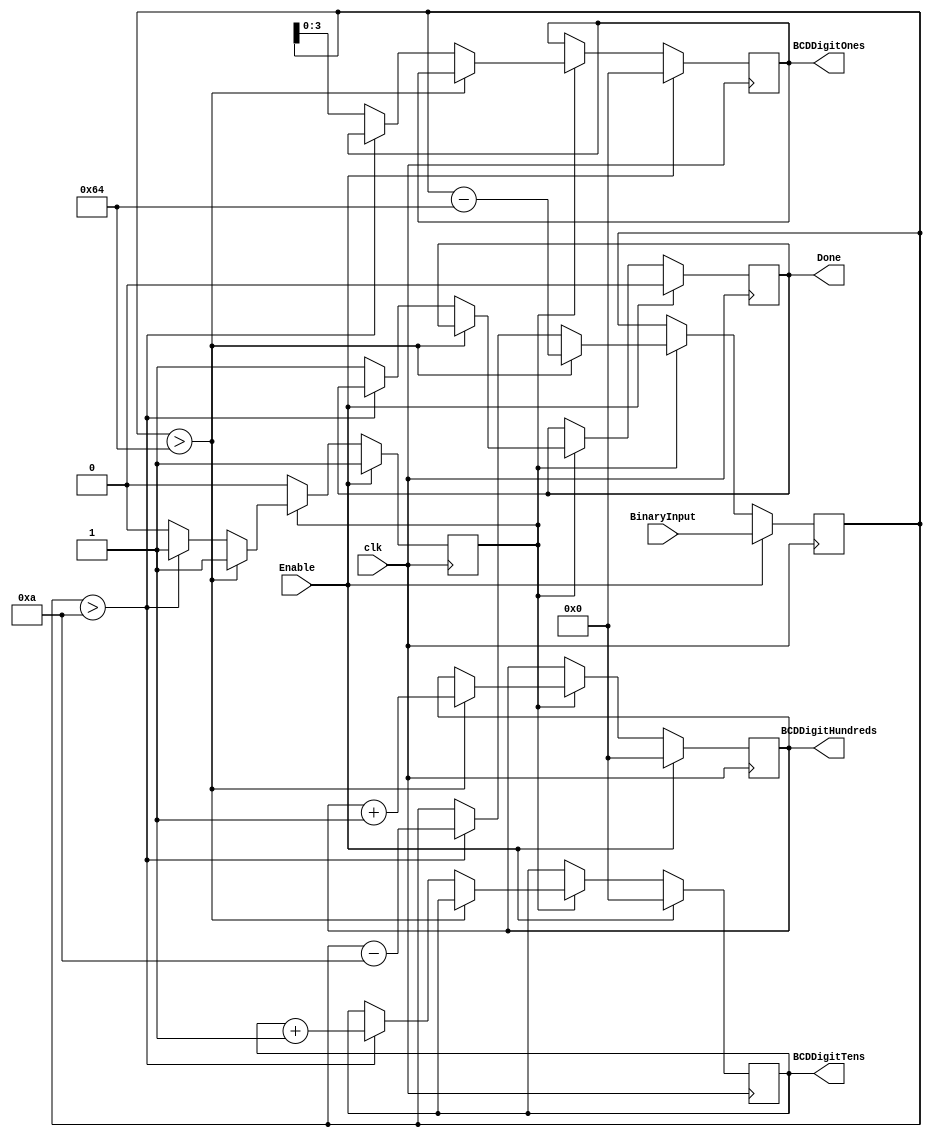
`timescale 1ns / 1ps
//////////////////////////////////////////////////////////////////////////////////
// Module Name:		EightBitBinaryToBCD
// Project Name:		I2C_Master-LCD_TempSensor
// Target Devices:	SPARTAN 3E
// Description:		Eight bit binary to BCD converter
// Dependencies:
//////////////////////////////////////////////////////////////////////////////////
module EightBitBinaryToBCD(
	output reg [3:0] BCDDigitHundreds,
	output reg [3:0] BCDDigitTens,
	output reg [3:0] BCDDigitOnes,
	output reg Done,
	input [7:0] BinaryInput,
	input Enable,
	input clk
	);

	reg Enabled;
	reg [7:0] Binary;

	initial Enabled = 0;

	always@(posedge clk) begin
		if (Enable) begin
			Binary <= BinaryInput;
			BCDDigitHundreds <= 0;
			BCDDigitTens <= 0;
			BCDDigitOnes <= 0;
			Enabled <= 1;
			Done <= 0;
		end
		else begin
			if (Enabled) begin
				if (Binary > 100) begin
					BCDDigitHundreds <= BCDDigitHundreds + 1;
					Binary <= Binary - 100;
				end
				else begin
					if (Binary > 10) begin
						BCDDigitTens <= BCDDigitTens + 1;
						Binary <= Binary - 10;
					end
					else begin
						BCDDigitOnes <= Binary[3:0];
						Enabled <= 0;
						Done <= 1;
					end
				end
			end
		end
	end

endmodule